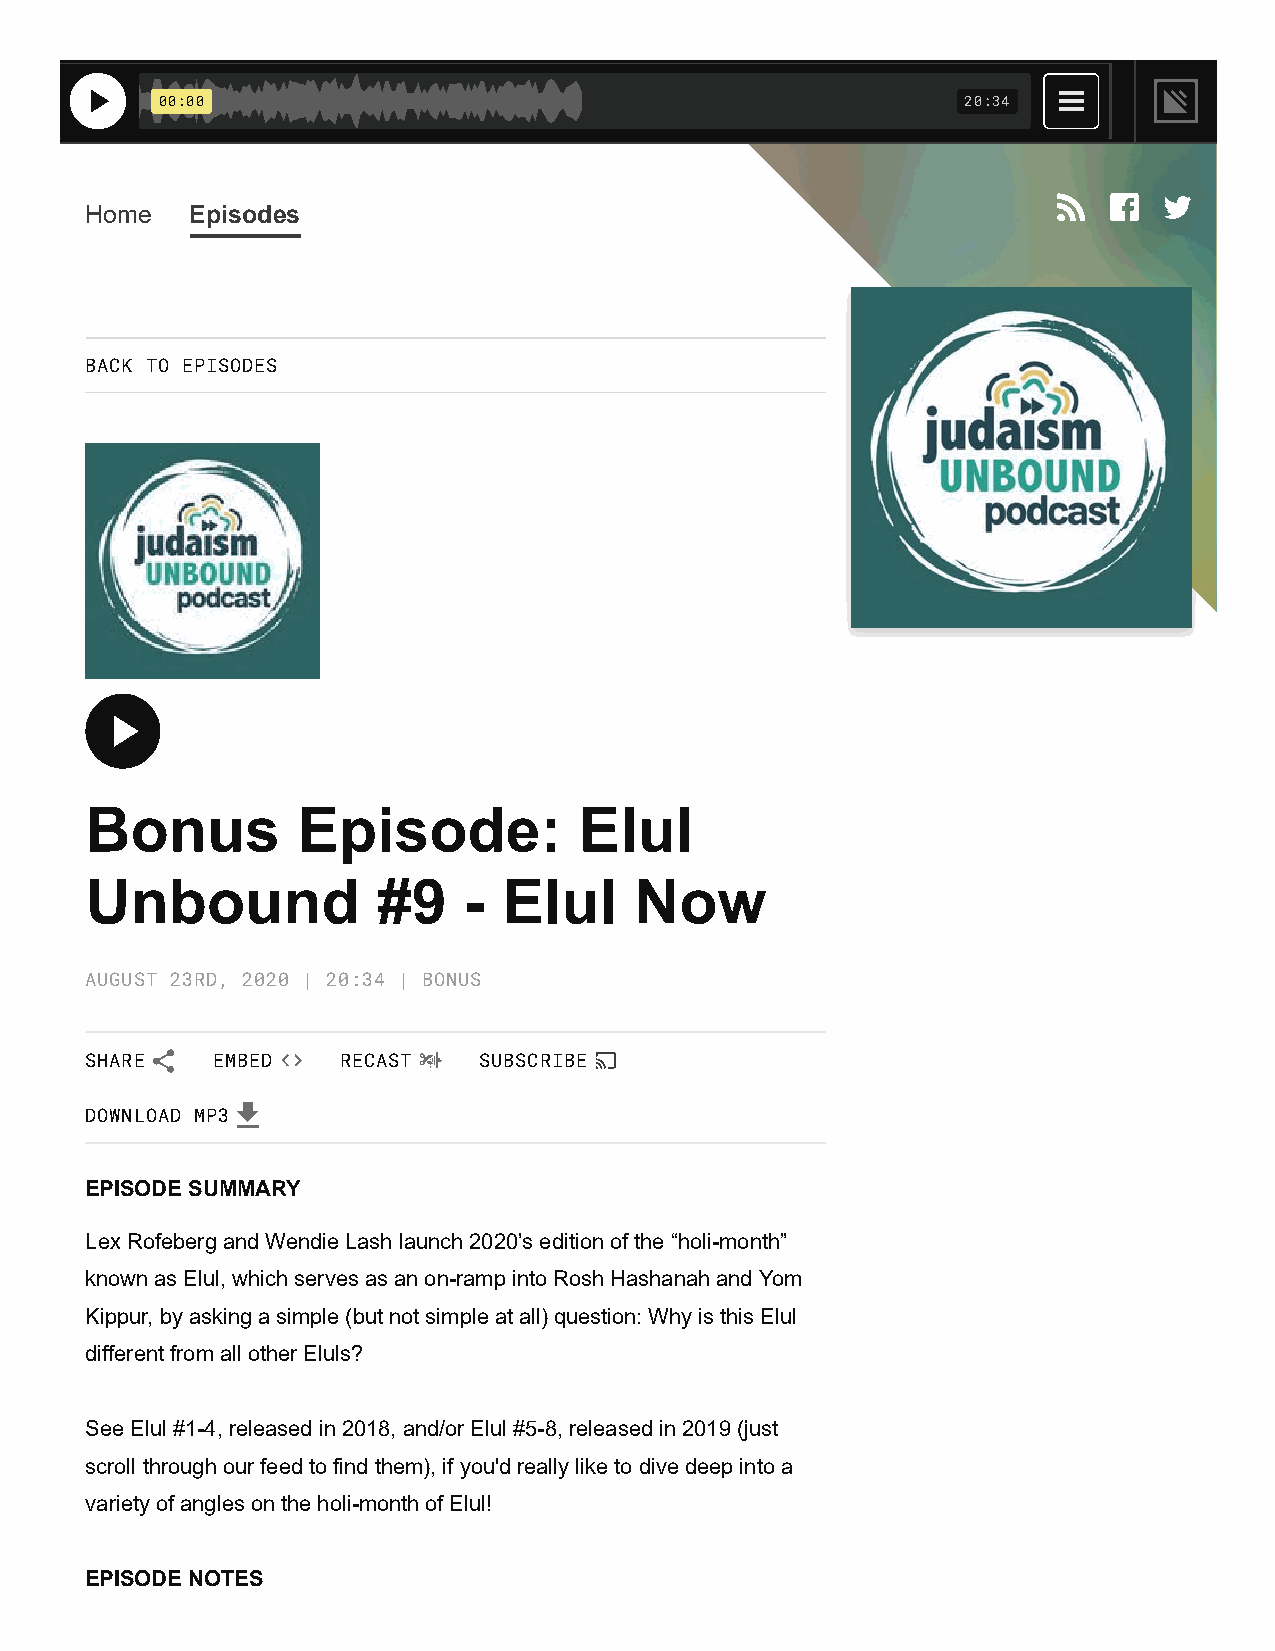
00:00                                                20:34
 Home   Episodes
 BACK TO EPISODES
 Bonus         Episode:          Elul
 Unbound            #9    - Elul     Now
 AUGUST 23RD, 2020 | 20:34 | BONUS
 SHARE   EMBED    RECAST   SUBSCRIBE
 DOWNLOAD MP3
 EPISODE SUMMARY
 Lex Rofeberg and Wendie Lash launch 2020’s edition of the “holi-month”
 known as Elul, which serves as an on-ramp into Rosh Hashanah and Yom
 Kippur, by asking a simple (but not simple at all) question: Why is this Elul
 different from all other Eluls?
 See Elul #1-4, released in 2018, and/or Elul #5-8, released in 2019 (just
 scroll through our feed to find them), if you'd really like to dive deep into a
 variety of angles on the holi-month of Elul!
 EPISODE NOTES